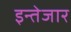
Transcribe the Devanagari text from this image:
इन्तेजार